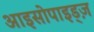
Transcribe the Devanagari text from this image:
आइसोपाइड्ज़